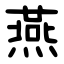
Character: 燕